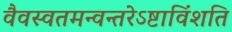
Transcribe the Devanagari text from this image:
वैवस्वतमन्वन्तरेऽष्टाविंशति